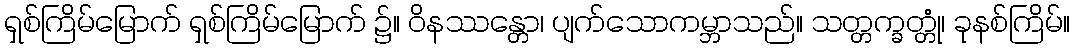
ရှစ်ကြိမ်မြောက် ရှစ်ကြိမ်မြောက် ၌။ ဝိနဿန္တော၊ ပျက်သောကမ္ဘာသည်။ သတ္တက္ခတ္တုံ၊ ခုနစ်ကြိမ်။